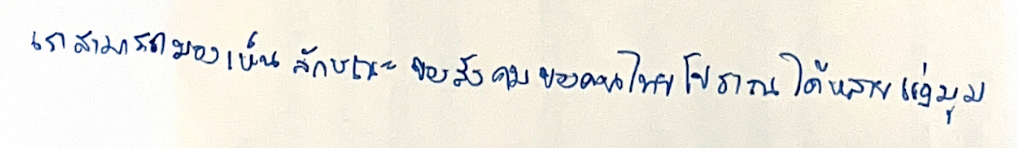
เราสามารถมองเห็นลักษณะของสังคมของคนไทยโบราณได้หลายแง่มุม